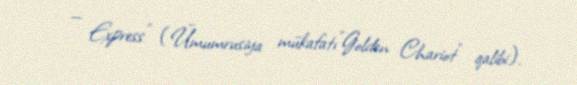
— Express" (Ümumrusiya mükafatı"Golden Chariot" qalibi).